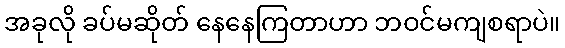
အခုလို ခပ်မဆိုတ် နေနေကြတာဟာ ဘဝင်မကျစရာပဲ။